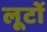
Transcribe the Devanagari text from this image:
लूटों